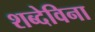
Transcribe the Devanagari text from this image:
शब्देविना